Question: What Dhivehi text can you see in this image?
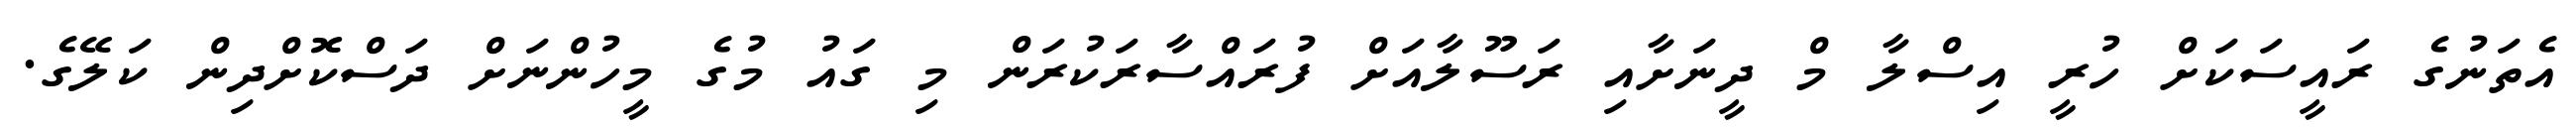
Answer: އެތަނުގެ ރައީސަކަށް ހުރީ އިސްލާ މް ދީނަށާއި ރަސޫލާއަށް ފުރައްސާރަކުރަން މި ގައު މުގެ މީހުންނަށް ދަސްކޮށްދިން ކަލޭގެ.